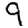
Digit: 9